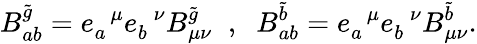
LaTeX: B_{ab}^{\tilde{g}}=e_{a}^{\; \; \mu}e_{b}^{\; \; \nu}B_{\mu\nu}^{\tilde{g}}\; \; ,\; \; B_{ab}^{\tilde{b}}=e_{a}^{\; \; \mu}e_{b}^{\; \; \nu}B_{\mu\nu}^{\tilde{b}}.